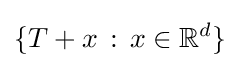
\{T+x\,:\,x\in \mathbb {R} ^{d}\}